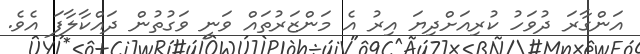
އަންގާރަ ދުވަހު ކުރިއަށްދިޔަ އިރު އެ މަންޒަރުތައް ވަނީ ވަގުތުން ދައްކާލާފަ އެވެ.